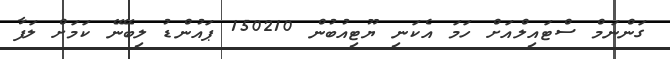
ގަންނަމް ސްޓައިލްއަށް ހަމަ އެކަނި ޔޫޓިއުބުން 150210 ޕައުންޑު ލިބޭނޭ ކަމަށް ލަފާ